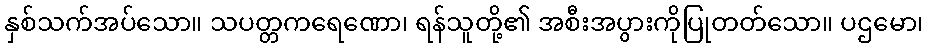
နှစ်သက်အပ်သော။ သပတ္တကရေဏော၊ ရန်သူတို့၏ အစီးအပွားကိုပြုတတ်သော။ ပဌမော၊